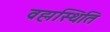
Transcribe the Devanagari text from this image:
व्रह्मस्थिति